Annual administration report of the Civil Veterinary Department of India - 1892-1893
Year: 1892
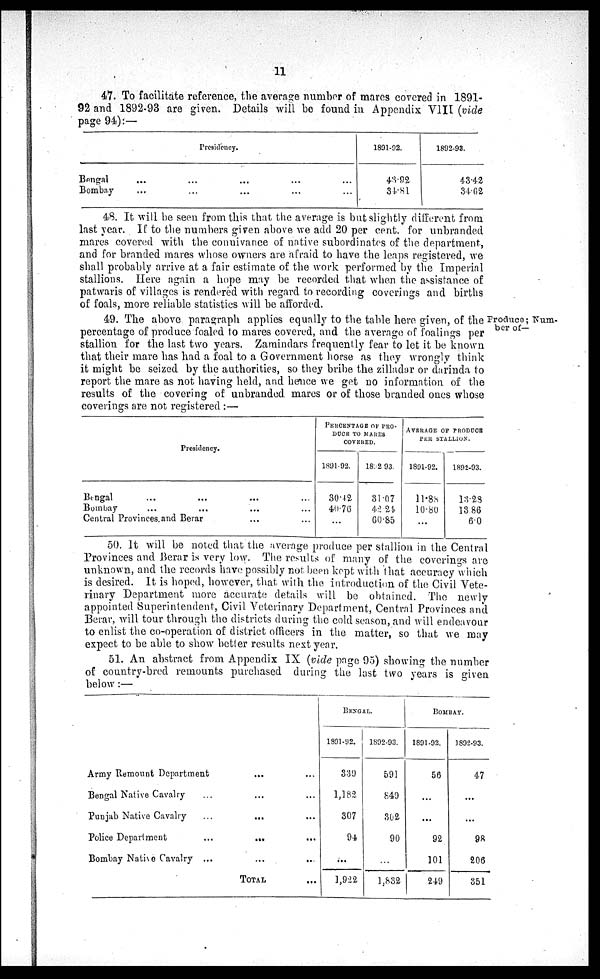
11
47. To facilitate reference, the average number of mares covered in 1891-
92 and 1892-93 are given. Details will be found in Appendix VIII (vide
page 94):—
Presidency.
Bengal
Bombay
...
...
...
...
...
...
...
...
...
...
1891-92.
43.98
34.81
1892-93.
43.42
34.62
48. It will be seen from this that the average is but slightly different from
last year. If to the numbers given above we add 20 per cent. for unbranded
mares covered with the connivance of native subordinates of the department,
and for branded mares whose owners are afraid to have the leaps registered, we
shall probably arrive at a fair estimate of the work performed by the Imperial
stallions. Here again a hope may be recorded that when the assistance of
patwaris of villages is rendered with regard to recording coverings and births
of foals, more reliable statistics will be afforded.
Produce; Num-
ber of—
49. The above paragraph applies equally to the table here given, of the
percentage of produce foaled to mares covered, and the average of foalings per
stallion for the last two years. Zamindars frequently fear to let it be known
that their mare has had a foal to a Government horse as they wrongly think
it might be seized by the authorities, so they bribe the zilladar or darinda to
report the mare as not having held, and hence we get no information of the
results of the covering of unbranded mares or of those branded ones whose
coverings are not registered :—
Presidency.
Bengal ... ... ... ...
Bombay ... ... ... ...
Central Provinces and Berar ... ...
PERCENTAGE OF PRO-
DUCE
TO MARES
COVERED.
1891-92.
30.42
40.76
...
1892-93.
31.07
42.24
60.85
AVERAGE OF PRODUCE
PER STALLION.
1891-92.
11.88
10.80
...
1892-93.
13.28
13.86
6.0
50. It will be noted that the average produce per stallion in the Central
Provinces and Berar is very low. The results of many of the coverings are
unknown, and the records have possibly not been kept with that accuracy which
is desired. It is hoped, however, that with the introduction of the Civil Vete-
rinary Department more accurate details will be obtained. The newly
appointed Superintendent, Civil Veterinary Department, Central Provinces and
Berar, will tour through the districts during the cold season, and will endeavour
to enlist the co-operation of district officers in the matter, so that we may
expect to be able to show better results next year.
51. An abstract from Appendix IX (vide page 95) showing the number
of country-bred remounts purchased during the last two years is given
below:—
Army Remount Department
...
...
Bengal Native Cavalry
...
...
...
Punjab Native Cavalry
...
...
...
Police Department
...
...
...
Bombay Native Cavalry ...
...
...
TOTAL...
BENGAL.
1891-92.
339
1,182
307
94
...
1,922
1892-93.
591
849
302
90
...
1,832
BOMBAY.
1891-92.
56
...
...
92
101
249
1892-93.
47
...
...
98
206
351